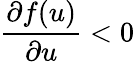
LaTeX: \frac{\partial f(u)}{\partial u}<0